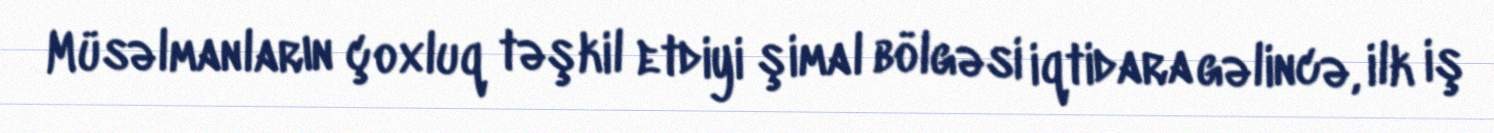
Müsəlmanların çoxluq təşkil etdiyi şimal bölgəsi iqtidara gəlincə, ilk iş